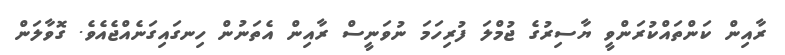
ރާއިން ކަންތައްކުރަންވީ ޔާސިރުގެ ޖުމްލަ ފުރިހަމަ ނުވަނީސް ރާއިން އެތަނުން ހިނގައިގަނެއްޖެއެވެ. ގޮވާލަން